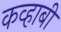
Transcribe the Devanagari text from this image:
कव्हाबी